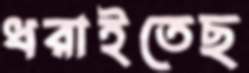
ধরাইতেছ